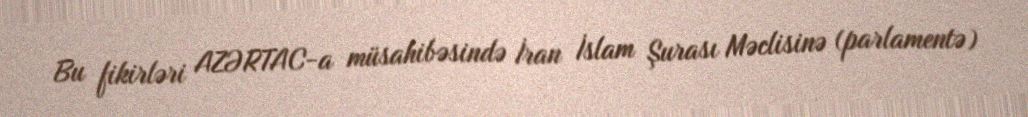
Bu fikirləri AZƏRTAC-a müsahibəsində İran İslam Şurası Məclisinə (parlamentə)